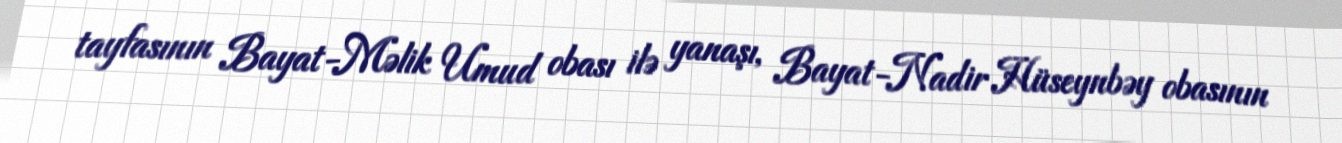
tayfasının Bayat-Məlik Umud obası ilə yanaşı, Bayat-Nadir Hüseynbəy obasının